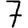
Digit: 7